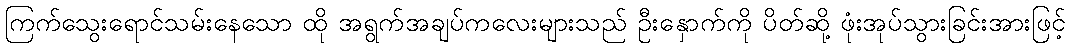
ကြက်သွေးရောင်သမ်းနေသော ထို အရွက်အချပ်ကလေးများသည် ဦးနှောက်ကို ပိတ်ဆို့ ဖုံးအုပ်သွားခြင်းအားဖြင့်